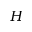
H